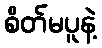
စိတ်မပူနဲ့